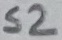
Text: S2